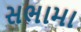
સભામા